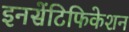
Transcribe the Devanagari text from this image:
इनसेंटिफिकेशन